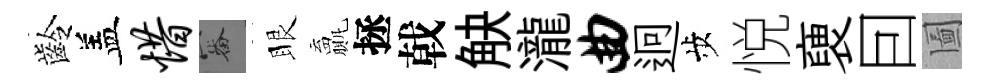
齡盖惜審眼贏拯戟觖瀧曲迥歩悦褏囙圗